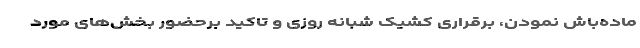
ماده‌باش نمودن، برقراری کشیک شبانه روزی و تاکید برحضور بخش‌های مورد